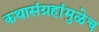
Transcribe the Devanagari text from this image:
कथासंग्रहांमुळेच